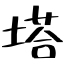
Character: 塔